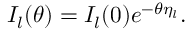
I _ { l } ( \theta ) = I _ { l } ( 0 ) e ^ { - \theta \eta _ { l } } .